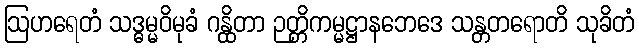
ဩဟရေတံ သဒ္ဓမ္မဝိမုခံ ဂန္ထိတာ ဉတ္တိကမ္မဋ္ဌာနဘေဒေ သန္တတရောတိ သုခိတံ